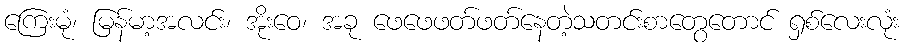
ကြေးမုံ၊ မြန်မာ့အလင်း၊ အိုးဝေ၊ အခု ဖေဖေဖတ်ဖတ်နေတဲ့သတင်းစာတွေတောင် ရှစ်လေးလုံး